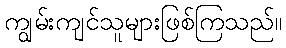
ကျွမ်းကျင်သူများဖြစ်ကြသည်။